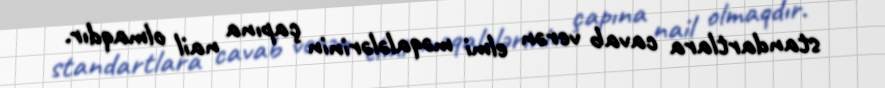
standartlara cavab verən elmi məqalələrinin çapına nail olmaqdır.